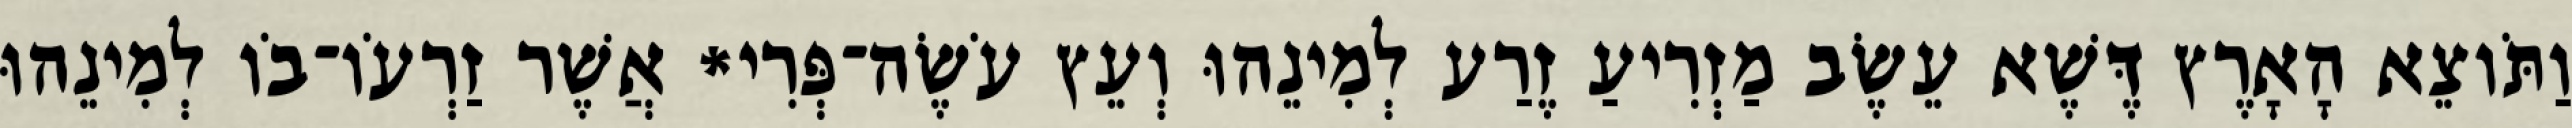
וַתֹּוצֵא הָאָרֶץ דֶּשֶׁא עֵשֶׂב מַזְרִיעַ זֶרַע לְמִינֵהוּ וְעֵץ עֹשֶׂה־פְּרִי* אֲשֶׁר זַרְעֹו־בֹו לְמִינֵהוּ